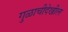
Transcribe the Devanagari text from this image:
गुळाचीदेखील